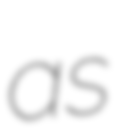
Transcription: as